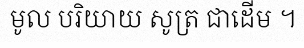
មូល បរិយាយ សូត្រ ជាដើម ។